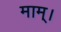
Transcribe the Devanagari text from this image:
माम्।